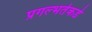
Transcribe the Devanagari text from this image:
प्रगल्‍भतेकडे